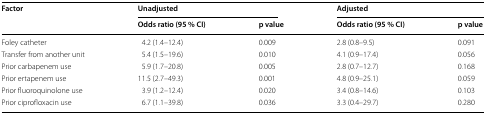
<table><thead><tr><td rowspan="2"><b>Factor</b></td><td colspan="2"><b>Unadjusted</b></td><td colspan="2"><b>Adjusted</b></td></tr><tr><td><b>Odds ratio (95 % CI)</b></td><td><b>p value</b></td><td><b>Odds ratio (95 % CI)</b></td><td><b>p value</b></td></tr></thead><tbody><tr><td>Foley catheter</td><td>4.2 (1.4–12.4)</td><td>0.009</td><td>2.8 (0.8–9.5)</td><td>0.091</td></tr><tr><td>Transfer from another unit</td><td>5.4 (1.5–19.6)</td><td>0.010</td><td>4.1 (0.9–17.4)</td><td>0.056</td></tr><tr><td>Prior carbapenem use</td><td>5.9 (1.7–20.8)</td><td>0.005</td><td>2.8 (0.7–12.7)</td><td>0.168</td></tr><tr><td>Prior ertapenem use</td><td>11.5 (2.7–49.3)</td><td>0.001</td><td>4.8 (0.9–25.1)</td><td>0.059</td></tr><tr><td>Prior fluoroquinolone use</td><td>3.9 (1.2–12.4)</td><td>0.020</td><td>3.4 (0.8–14.6)</td><td>0.103</td></tr><tr><td>Prior ciprofloxacin use</td><td>6.7 (1.1–39.8)</td><td>0.036</td><td>3.3 (0.4–29.7)</td><td>0.280</td></tr></tbody></table>